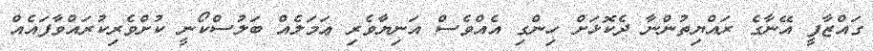
ގައްޒާފީ އޭނާގެ ރައްޔިތުންނާ ދެކޮޅަށް ހިންގި އެއްވެސް އަނިޔާވެރި ޢަމަލެއް ބަލުސްކޯނީ ކުށްވެރިކުރައްވާފައެއް